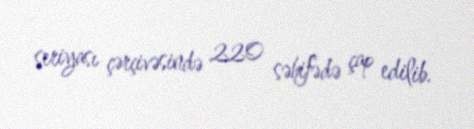
seriyası çərçivəsində 220 səhifədə çap edilib.